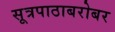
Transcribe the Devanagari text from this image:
सूत्रपाठाबरोबर